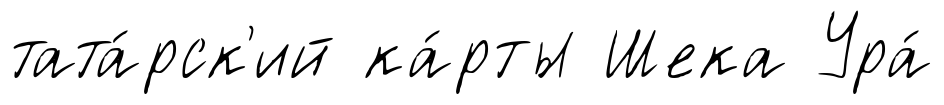
тата́рск'ий ка́рты Шека Ура́